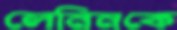
লেনিনকে